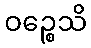
ဝဉ္စေသိ